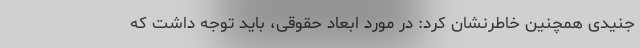
جنیدی همچنین خاطرنشان کرد: در مورد ابعاد حقوقی، باید توجه داشت که